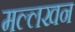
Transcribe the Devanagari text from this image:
मल्लखन